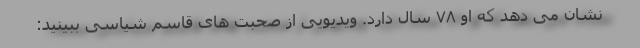
نشان می دهد که او ۷۸ سال دارد. ویدیویی از صحبت های قاسم شیاسی ببینید: